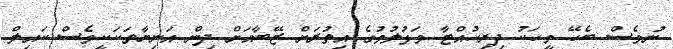
ނުވެސް ބެހޭ މީހަކު ދިރިހުއްޓާ ވަޅުލުމުގެ އިތުރަށް ޒޭބާއަށް ދިން އަނިޔާތަކަކީވެސް ކައިލް